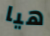
هيا